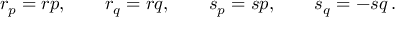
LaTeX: r _ { p } = r p , \qquad r _ { q } = r q , \qquad s _ { p } = s p , \qquad s _ { q } = - s q \, .